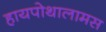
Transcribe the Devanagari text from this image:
हायपोथालामस